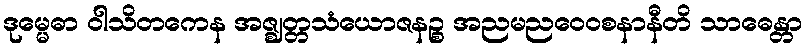
ဒုမ္မေဓာ ဝါသိတကေန အဇ္ဈတ္တသံယောဇနဉ္စ အညမညဝေဝစနာနီတိ သာဓေန္တာ